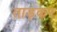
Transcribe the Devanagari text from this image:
ताड़कर